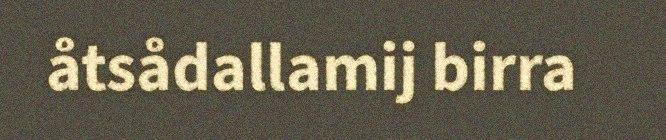
åtsådallamij birra